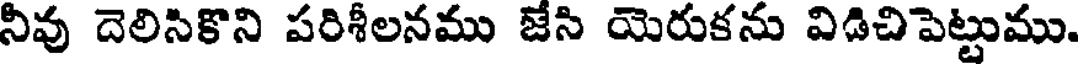
నివు దెలిసికొని పరిశీలనము జేసి యెరుకను విడిచిపెట్టుము.